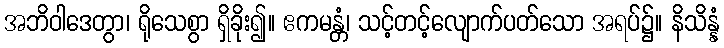
အဘိဝါဒေတွာ၊ ရိုသေစွာ ရှိခိုး၍။ ဧကမန္တံ၊ သင့်တင့်လျောက်ပတ်သော အရပ်၌။ နိသိန္နံ